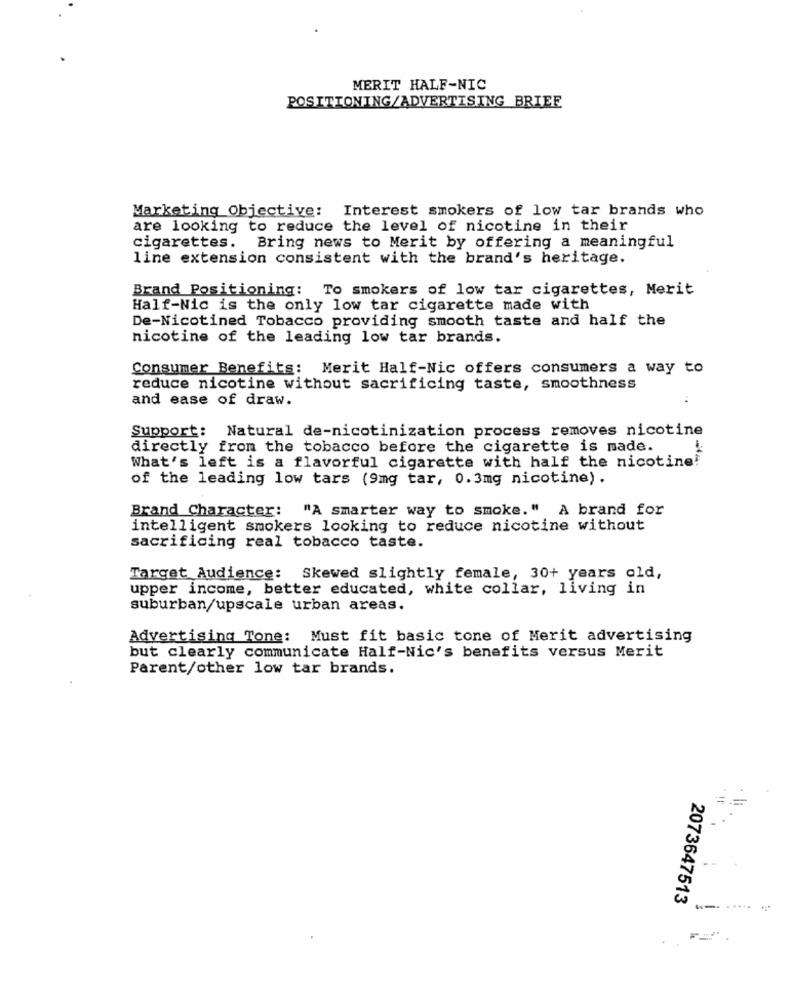
MERIT HALF-NIC
POSITIONING/ADVERTISING BRIEE
Marketing Objective: Interest smokers of low tar brands who
are looking to reduce the level of nicotine in their
cigarettes. Bring news to Merit by offering a meaningful
line extension consistent with the brand's heritage.
Brand Positioning: To smokers of low tar cigarettes, Merit
Half-Nic is the only low tar cigarette made with
De-Nicotined Tobacco providing smooth taste and half the
nicotine of the leading low tar brands.
Consumer Benefits: Merit Half-Nic offers consumers a way to
reduce nicotine without sacrificing taste, smoothness
and ease of draw.
Support: Natural de-nicotinization process removes nicotine
directly from the tobacco before the cigarette is made.
What's left is a flavorful cigarette with half the nicotine!
of the leading low tars (9mg tar, 0.3mg nicotine) .
Brand Character: "A smarter way to smoke." A brand for
intelligent smokers looking to reduce nicotine without
sacrificing real tobacco taste.
Target Audience: Skewed slightly female, 30+ years old,
upper income, better educated, white collar, living in
suburban/upscale urban areas.
Advertising Tone: Must fit basic tone of Merit advertising
but clearly communicate Half-Nic's benefits versus Merit
Parent/other low tar brands.
==
2073647513